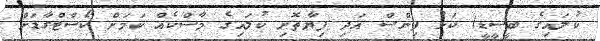
ކުލައިގެ ބީސީޑީ) ކަޅު ފިންސް އަދި ފިޔާތޮށި ކުލައިގެ މާސްކެއް ކަމަށް ކޯސްޓްގާޑަށް